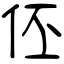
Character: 伾